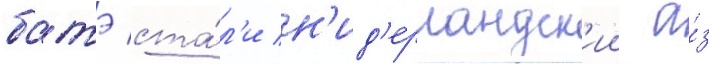
батэ ста́л'и н'ид'ерландск'ии а́з